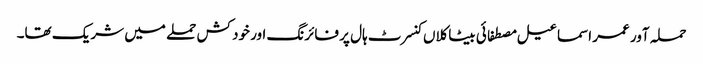
حملہ آور عمر اسماعیل مصطفائی بیٹاکلاں کنسرٹ ہال پر فائرنگ اور خود کش حملے میں شریک تھا۔